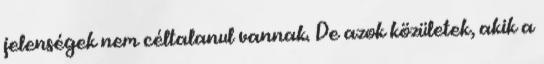
jelenségek nem céltalanul vannak. De azok közületek, akik a